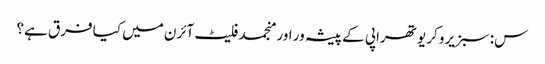
س: سبزیرو کریو تھراپی کے پیشہ ور اور منجمد فلیٹ آئرن میں کیا فرق ہے؟